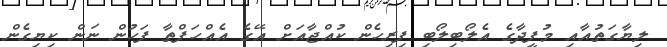
ލިޔާގަތުއާއި މުފީދާގެ އެލޯބިލޯބި ފިރިހެން ކުއްޖާއަށް އޭގެ އެއްހަފްތާ ފަހުން ނަން ކިޔިގެން